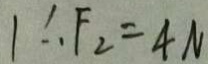
1 \therefore F _ { 2 } = 4 N